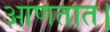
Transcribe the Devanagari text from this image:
आणतात।